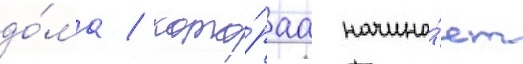
до́ма / кото́раа начина́ет